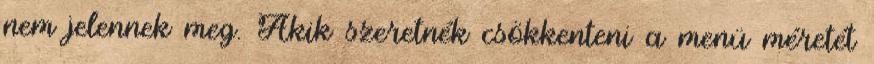
nem jelennek meg. Akik szeretnék csökkenteni a menü méretét